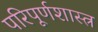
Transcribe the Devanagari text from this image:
परिपूर्णशास्त्र